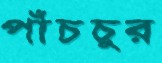
পাঁচচুর